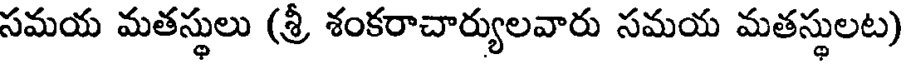
సమయ మతస్థులు (శ్రీ శంకరాచార్యులవారు సమయ మతస్థులట)